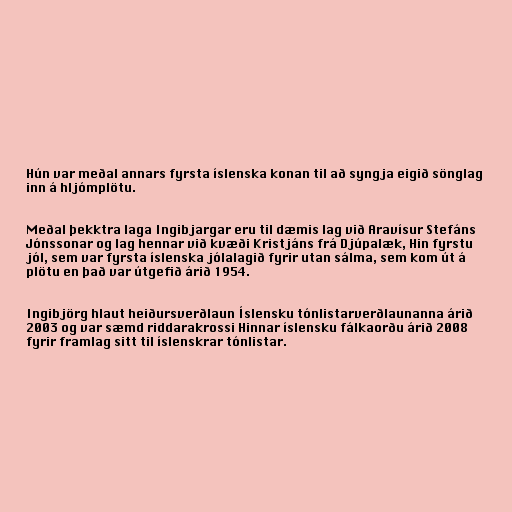
Hún var meðal annars fyrsta íslenska konan til að syngja eigið sönglag
inn á hljómplötu.

Meðal þekktra laga Ingibjargar eru til dæmis lag við Aravísur Stefáns
Jónssonar og lag hennar við kvæði Kristjáns frá Djúpalæk, Hin fyrstu
jól, sem var fyrsta íslenska jólalagið fyrir utan sálma, sem kom út á
plötu en það var útgefið árið 1954.

Ingibjörg hlaut heiðursverðlaun Íslensku tónlistarverðlaunanna árið
2003 og var sæmd riddarakrossi Hinnar íslensku fálkaorðu árið 2008
fyrir framlag sitt til íslenskrar tónlistar.